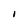
Character: I